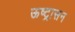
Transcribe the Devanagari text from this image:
ऊष्ट्रासन